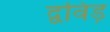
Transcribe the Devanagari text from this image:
द्वविड़